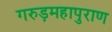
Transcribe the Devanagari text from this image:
गरुड़महापुराण